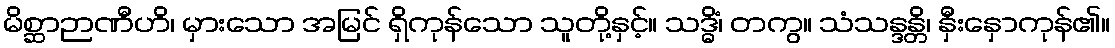
မိစ္ဆာဉာဏီဟိ၊ မှားသော အမြင် ရှိကုန်သော သူတို့နှင့်။ သဒ္ဓိံ၊ တကွ။ သံသန္ဒန္တိ၊ နှီးနှောကုန်၏။